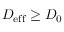
D _ { \mathrm { e f f } } \geq D _ { 0 }